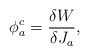
\begin{align*}\phi^{c}_{a}=\frac{\delta W}{\delta J_{a}},\end{align*}